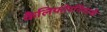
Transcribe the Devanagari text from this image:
कैलिफोरनियाके